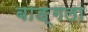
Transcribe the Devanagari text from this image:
बाङ्गला